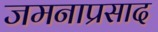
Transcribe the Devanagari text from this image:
जमनाप्रसाद